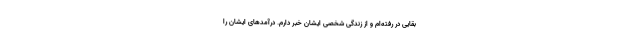
بقایی در رفته‌ام و از زندگی شخصی ایشان خبر دارم. درآمدهای ایشان را